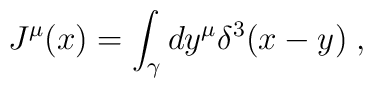
J^{\mu }(x)=\int_{\gamma }dy^{\mu }\delta ^{3}(x-y)\;,